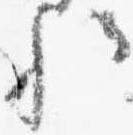
歟